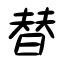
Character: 替